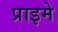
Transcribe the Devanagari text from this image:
प्राइमे